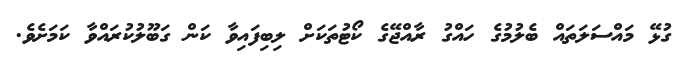
ގުޅޭ މައްސަލަތައް ބެލުމުގެ ހައްގު ރާއްޖޭގެ ކޯޓުތަކަށް ލިބިފައިވާ ކަން ގަބޫލުކުރައްވާ ކަމަށެވެ.